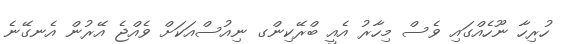
ހުރިހާ ނޫހެއްގައި ވެސް މިހާރު އެއީ ބްރޭކިންގ ނިއުސްއަކަށް ވެއްޖެ އޭރުން އެނގޭނެ